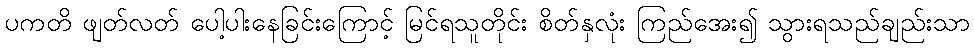
ပကတိ ဖျတ်လတ် ပေါ့ပါးနေခြင်းကြောင့် မြင်ရသူတိုင်း စိတ်နှလုံး ကြည်အေး၍ သွားရသည်ချည်းသာ